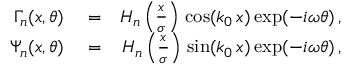
\begin{array} { r l r } { \Gamma _ { n } ( x , \theta ) } & { { } = } & { H _ { n } \left( \frac { x } { \sigma } \right) \, \cos ( k _ { 0 } \, x ) \exp ( - i \omega \theta ) \, , } \\ { \Psi _ { n } ( x , \theta ) } & { { } = } & { H _ { n } \left( \frac { x } { \sigma } \right) \, \sin ( k _ { 0 } \, x ) \exp ( - i \omega \theta ) \, , } \end{array}